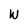
Character: W